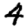
Digit: 4